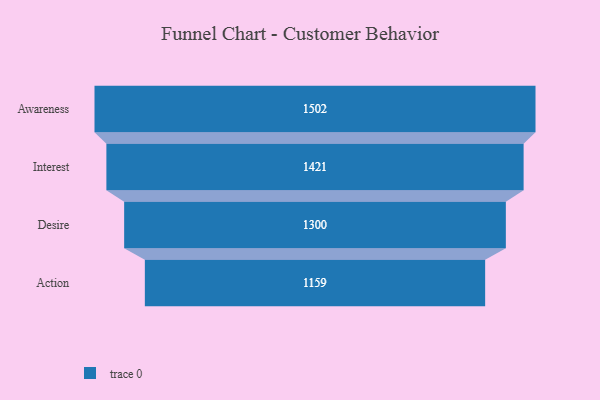
{"axis": {"x": "Stage", "y": "Value"}, "legend": [""], "data": [{"x": "Awareness", "y": 1502.0, "type": ""}, {"x": "Interest", "y": 1421.0, "type": ""}, {"x": "Desire", "y": 1300.0, "type": ""}, {"x": "Action", "y": 1159.0, "type": ""}]}